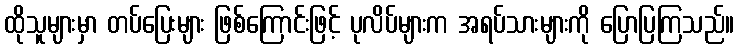
ထိုသူများမှာ တပ်ပြေးများ ဖြစ်ကြောင်းဖြင့် ပုလိပ်များက အရပ်သားများကို ပြောပြကြသည်။